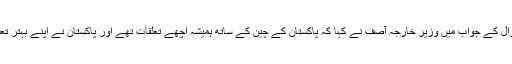
چین اور پاکستان کے گہرے ہوتے ہوئے تعلقات کے حوالے سے ایک سوال کے جواب میں وزیر خارجہ آصف نے کہا کہ پاکستان کے چین کے ساتھ ہمیشہ اچھے تعلقات تھے اور پاکستان نے اپنے بہتر تعلقات کو امریکہ اور چین کے تعلقات کو بہتر بنانے کے لیے استعمال کیا۔